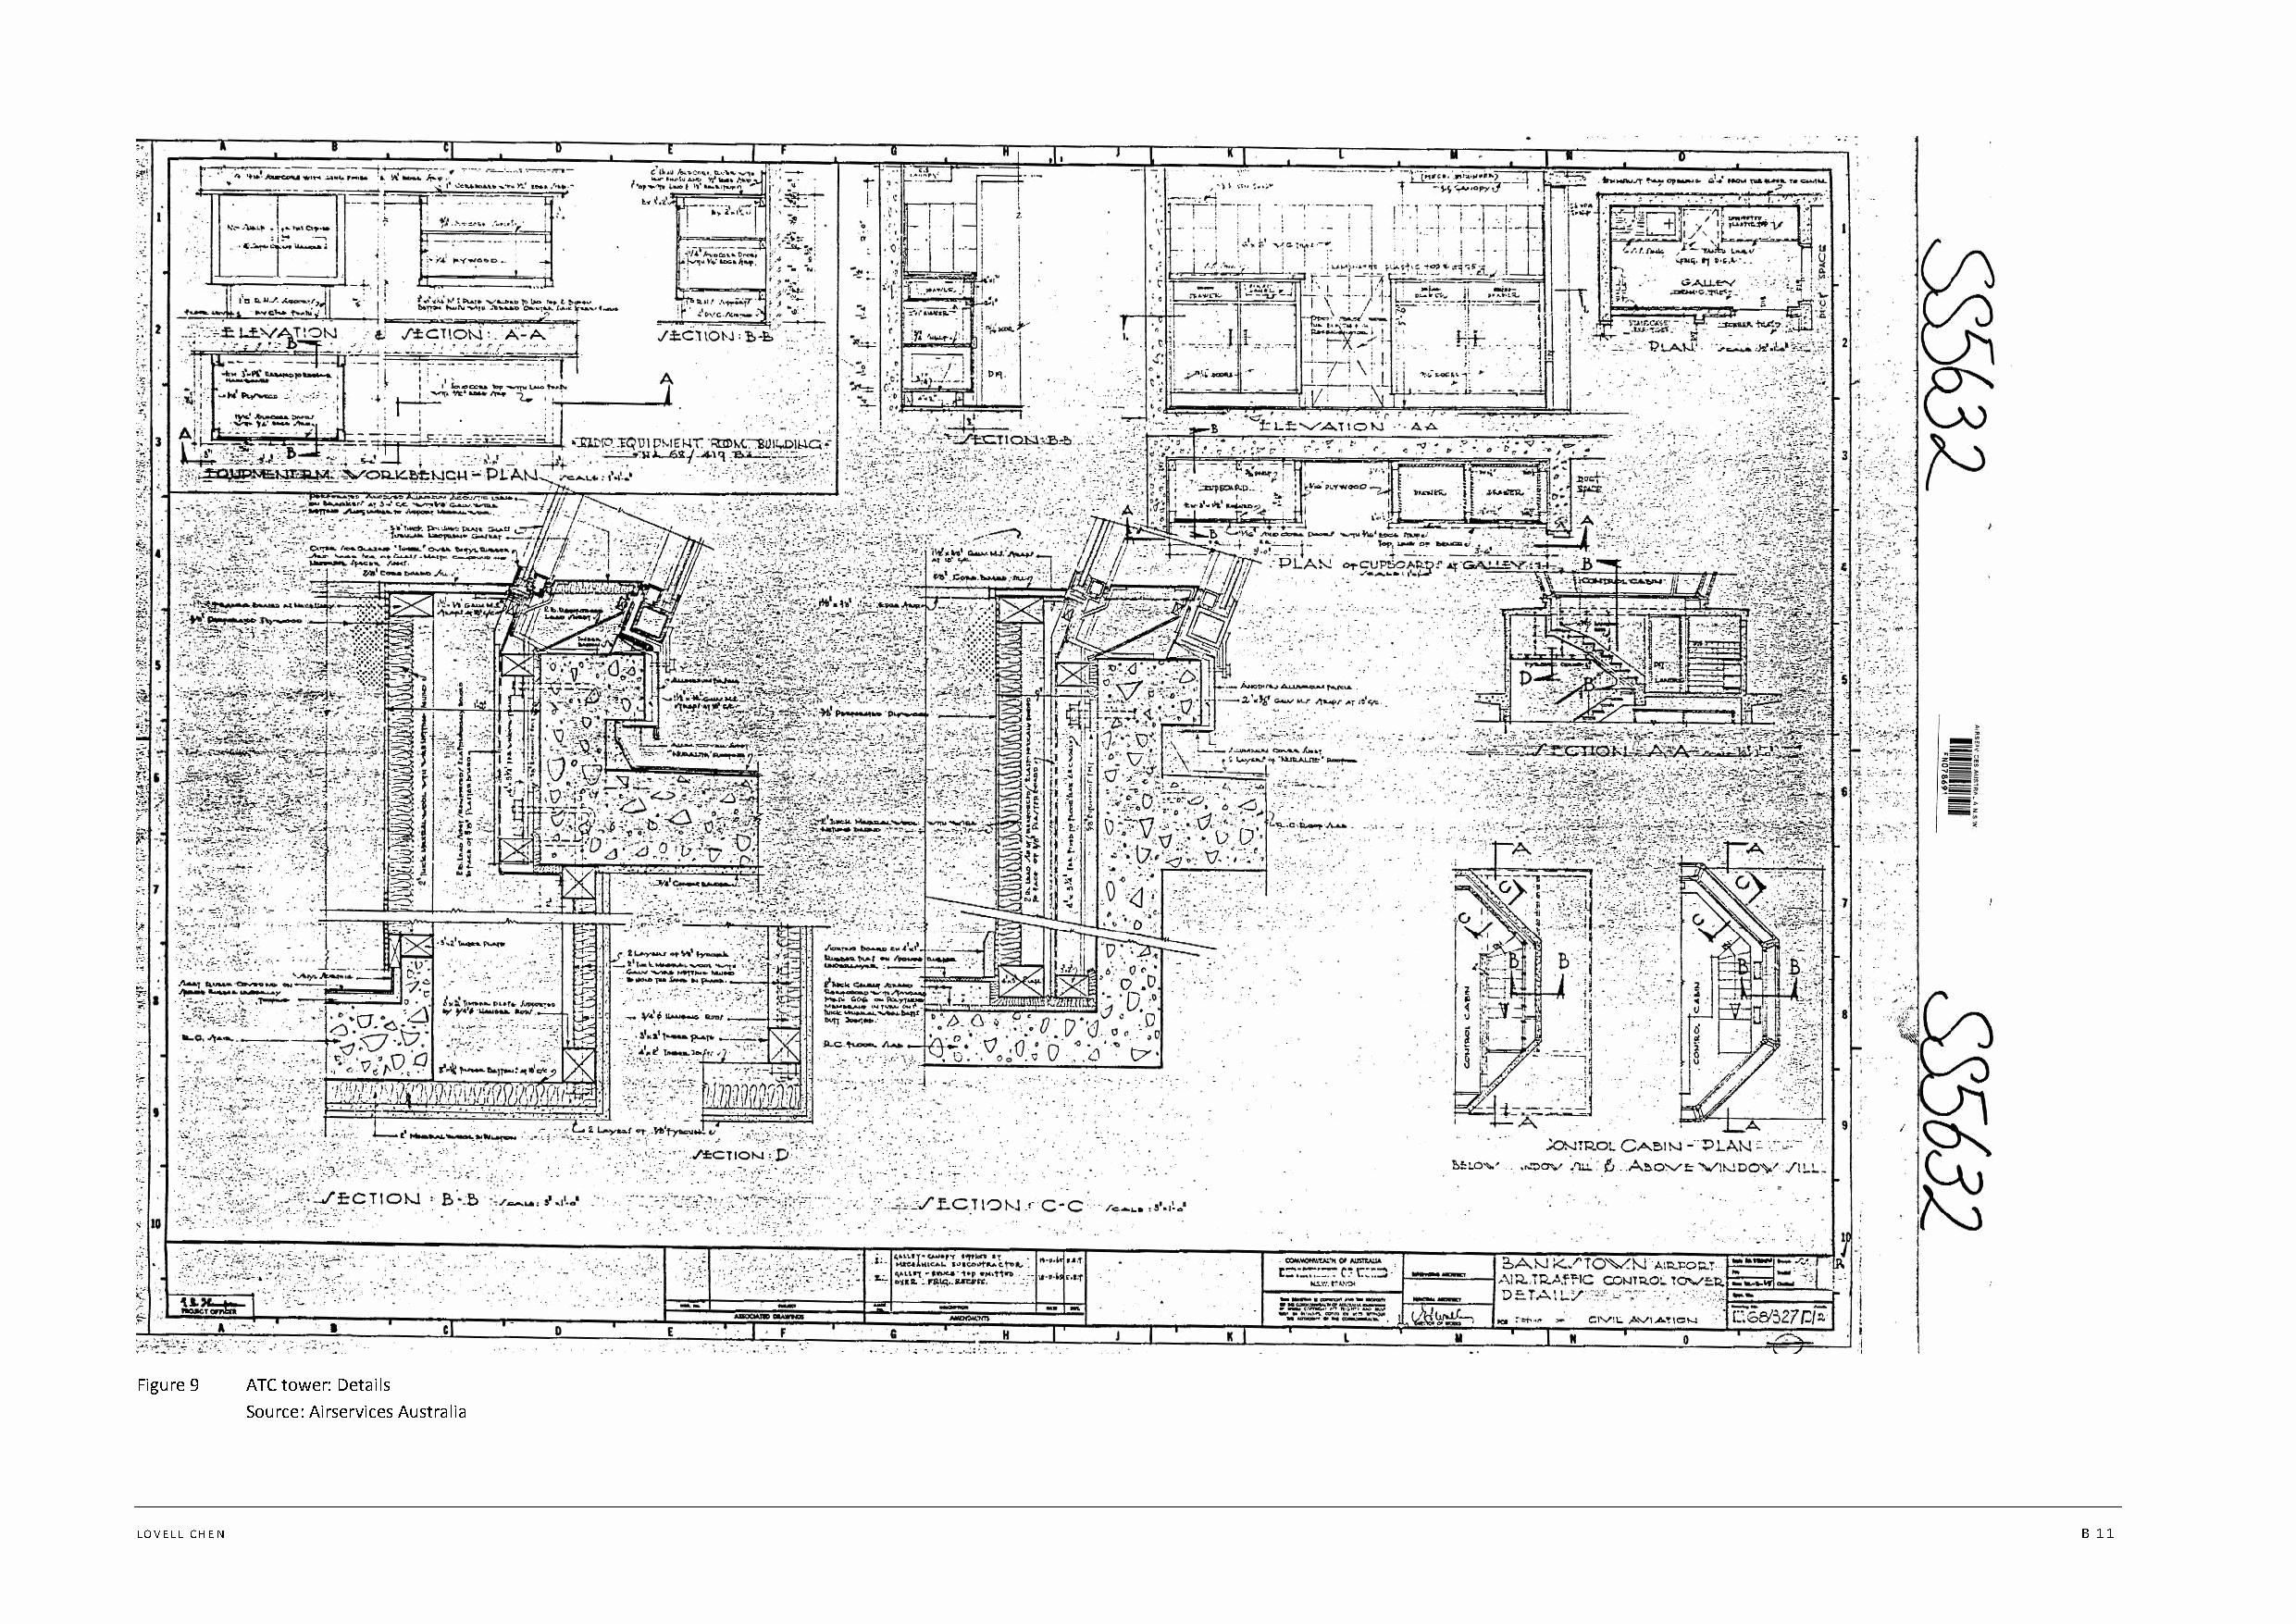
Figure 9 ATC tower: Details
 Source: Airservices Australia
 LOVELL CHEN                                                                                                                                B 11